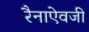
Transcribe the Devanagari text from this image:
रैनाऐवजी